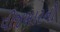
વીજભારની